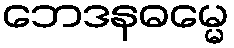
ဘေဒနဓမ္မေ